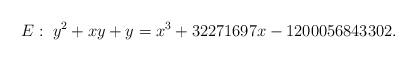
LaTeX: \begin{align*}E : \; y^2 + xy + y = x^3 + 32271697x - 1200056843302.\end{align*}